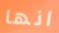
انها